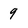
Character: 9